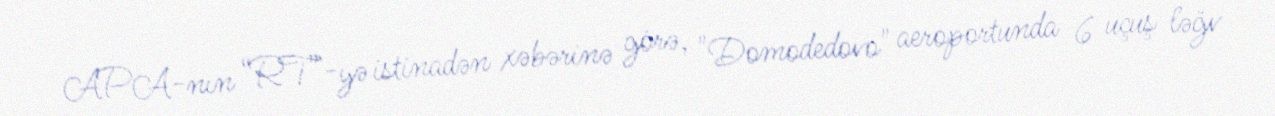
APA-nın “RT”-yə istinadən xəbərinə görə, "Domodedovo" aeroportunda 6 uçuş ləğv